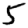
Digit: 5